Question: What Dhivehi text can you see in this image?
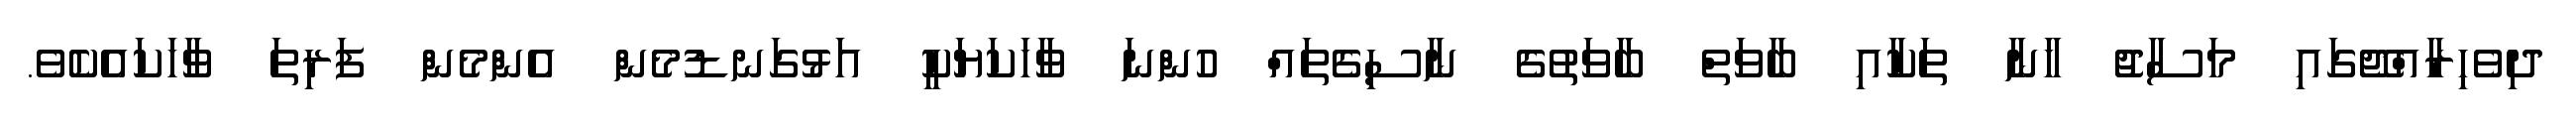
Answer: ދިވެހިރާއްޖޭގައި މަސާޖު ޚާނާ ތަކާއި ބާވަތް ބާވަތުގެ ނާސިގެތައް ހުންނަ ވާހަކަޔަކީ އަޅުގަނޑުމެން އެންމެން ފަރިތަ ވާހަކައެކެވެ.